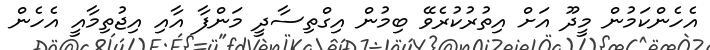
އެހެންކަމުން މީދޫ އަށް އިތުރުކުރެވޭ ބިމުން އިގްތިސާދީ މަންފާ އާއި އިޖުތިމާއީ އެހެން